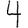
Digit: 4